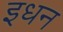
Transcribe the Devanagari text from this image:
इधन